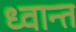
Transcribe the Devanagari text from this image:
ध्वान्त